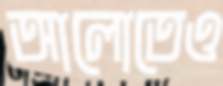
আলোতেও